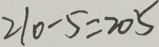
2 1 0 - 5 = 2 0 5